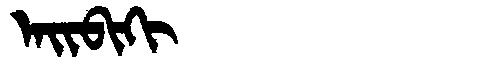
Manchu: ᠠᡳᠪᡳᡴᡳ
Romanization: AIBIKI